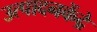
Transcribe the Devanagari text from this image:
उत्पादनकेंद्रे